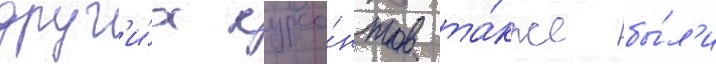
друг'и́х курса́нтов та́кже бы́л'и